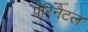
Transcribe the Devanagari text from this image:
पेरिनैटल